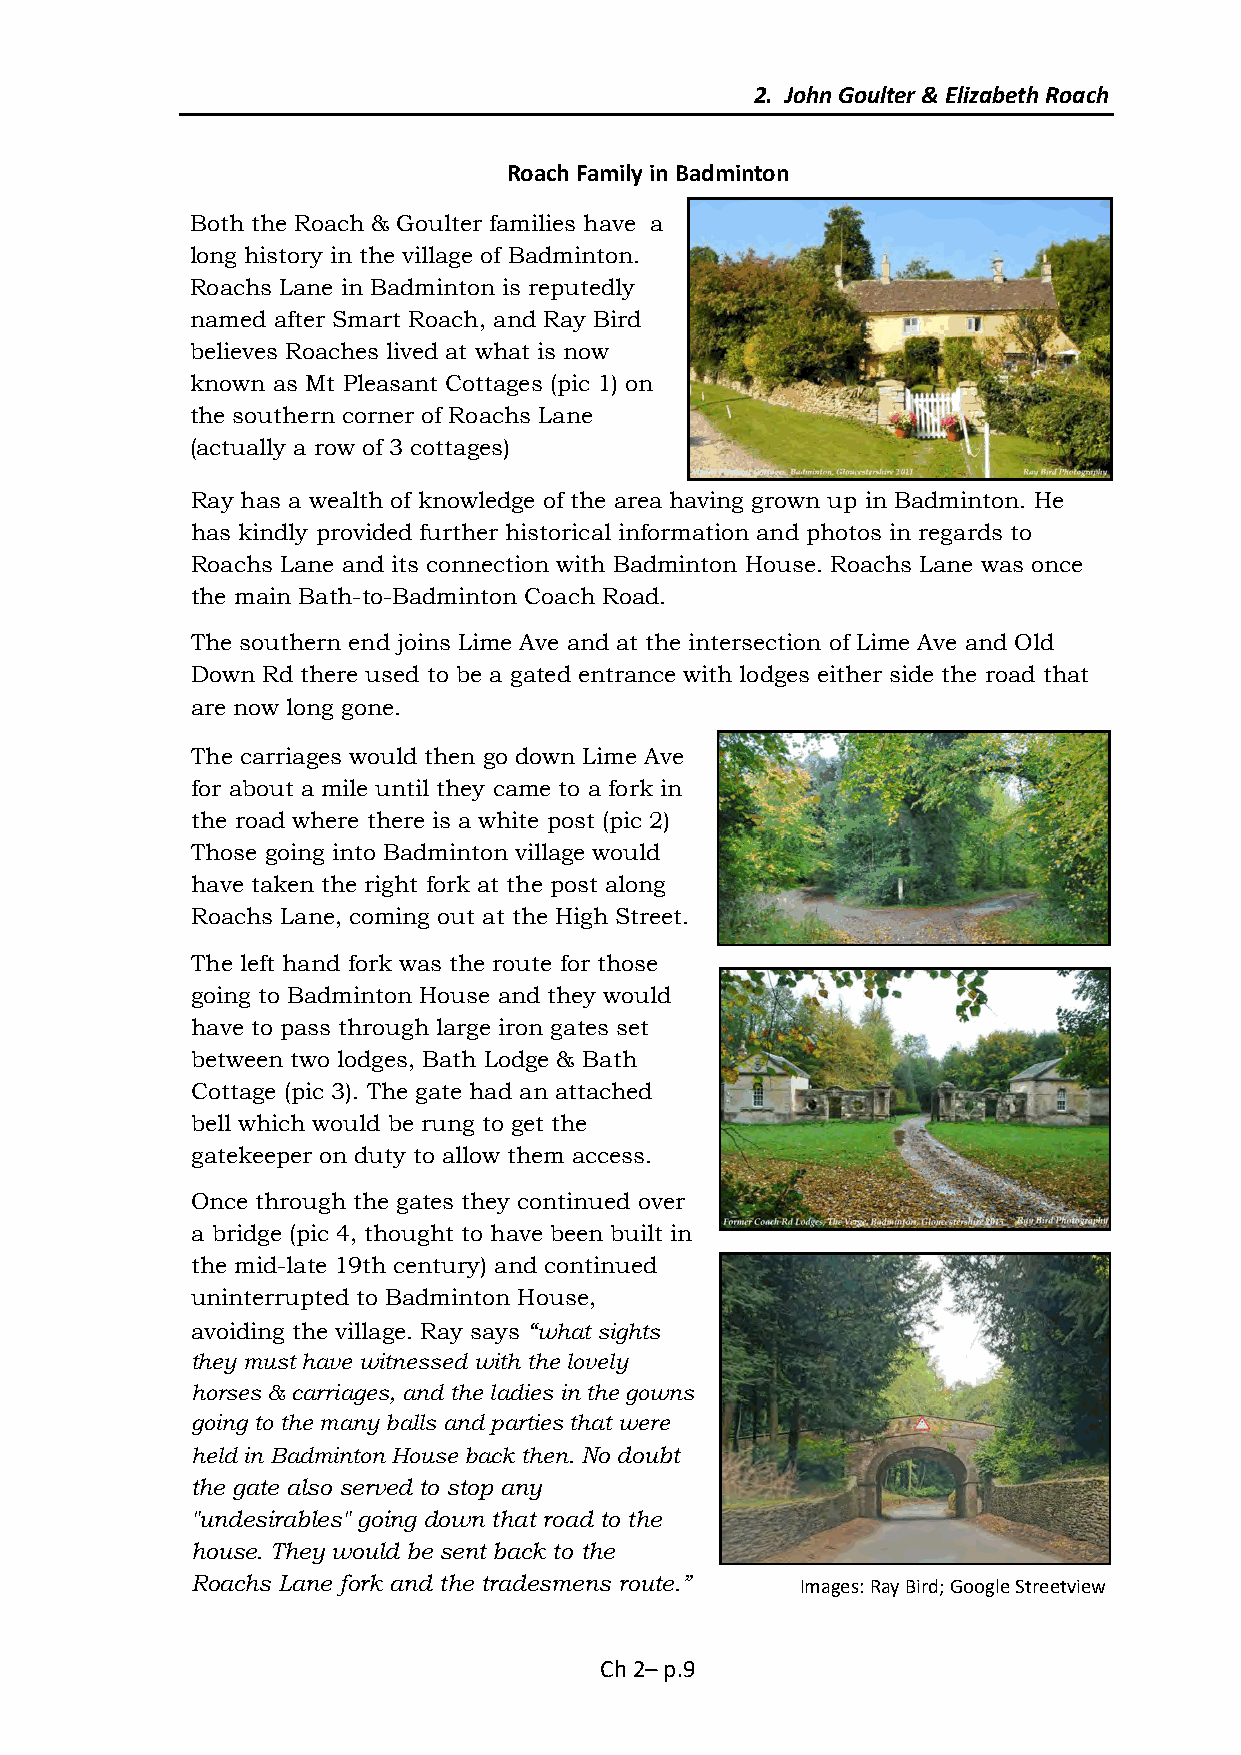
2. John Goulter & Elizabeth Roach
 Roach Family in Badminton
 Both the Roach & Goulter families have a
 long history in the village of Badminton.
 Roachs Lane in Badminton is reputedly
 named after Smart Roach, and Ray Bird
 believes Roaches lived at what is now
 known as Mt Pleasant Cottages (pic 1) on
 the southern corner of Roachs Lane
 (actually a row of 3 cottages)
 Ray has a wealth of knowledge of the area having grown up in Badminton. He
 has kindly provided further historical information and photos in regards to
 Roachs Lane and its connection with Badminton House. Roachs Lane was once
 the main Bath-to-Badminton Coach Road.
 The southern end joins Lime Ave and at the intersection of Lime Ave and Old
 Down Rd there used to be a gated entrance with lodges either side the road that
 are now long gone.
 The carriages would then go down Lime Ave
 for about a mile until they came to a fork in
 the road where there is a white post (pic 2)
 Those going into Badminton village would
 have taken the right fork at the post along
 Roachs Lane, coming out at the High Street.
 The left hand fork was the route for those
 going to Badminton House and they would
 have to pass through large iron gates set
 between two lodges, Bath Lodge & Bath
 Cottage (pic 3). The gate had an attached
 bell which would be rung to get the
 gatekeeper on duty to allow them access.
 Once through the gates they continued over
 a bridge (pic 4, thought to have been built in
 the mid-late 19th century) and continued
 uninterrupted to Badminton House,
 avoiding the village. Ray says “what sights
 they must have witnessed with the lovely
 horses & carriages, and the ladies in the gowns
 going to the many balls and parties that were
 held in Badminton House back then. No doubt
 the gate also served to stop any
 "undesirables" going down that road to the
 house. They would be sent back to the
 Roachs Lane fork and the tradesmens route.” Images: Ray Bird; Google Streetview
 Ch 2– p.9